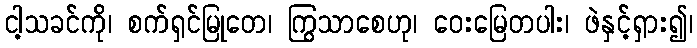
ငါ့သခင်ကို၊ စက်ရှင်မြုတေ၊ ကြွသာစေဟု၊ ဝေးမြေတပါး၊ ဖဲနှင့်ရှား၍၊